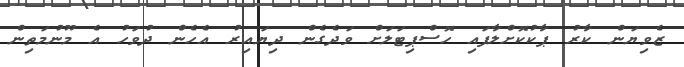
ޒެވިޔަން ކާރު ޕާކުކޮށްލާފައި ހޮސްޕިޓަލަށް ވަދެގެން ދިޔައިރު އެހެން ދުވަހު އެ މޫނުމަތިން